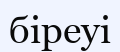
біреуі